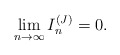
\begin{align*}\lim_{n\to\infty}I_n^{(J)} = 0.\end{align*}